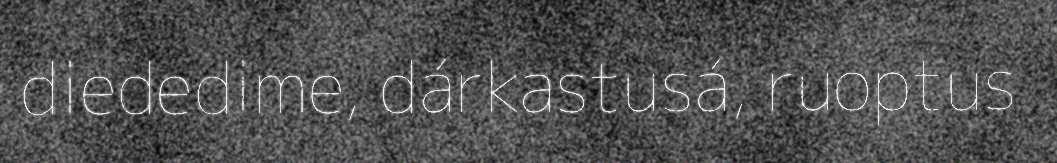
diededime, dárkastusá, ruoptus